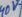
Text: 40V~